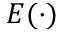
E ( \cdot )